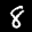
Label: 8